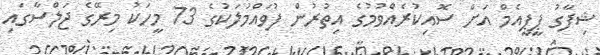
ޝިފާގު ޕީޕީއެމް އަށް ސޮއިކުރެއްވުމުގެ އިތުރުން ފުވައްމުލަކުގެ 73 މީހަކު މިރޭގެ ޖަލްސާގައި